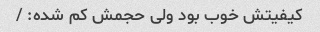
کیفیتش خوب بود ولی حجمش کم شده: /